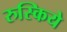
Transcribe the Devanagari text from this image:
रुस्किये